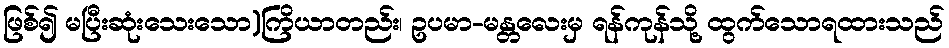
ဖြစ်၍ မပြီးဆုံးသေးသော)ကြိယာတည်း၊ ဥပမာ-မန္တလေးမှ ရန်ကုန်သို့ ထွက်သောရထားသည်